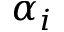
\alpha _ { i }